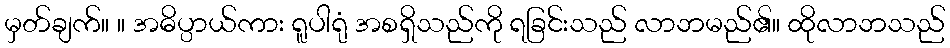
မှတ်ချက်။ ။ အဓိပ္ပာယ်ကား ရူပါရုံ အစရှိသည်ကို ရခြင်းသည် လာဘမည်၏။ ထိုလာဘသည်